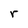
Character: r